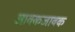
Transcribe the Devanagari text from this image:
आवकजावक